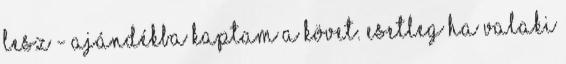
lesz - ajándékba kaptam a követ. Esetleg ha valaki